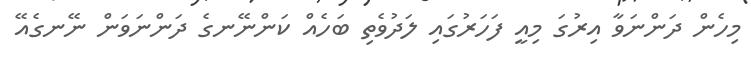
މިހެން ދަންނަވާ އިރުގަ މިއީ ފަހަރުގައި ލަދުވެތި ބަހެއް ކަންނޭނގެ ދަންނަވަން ނޭނގެއޭ